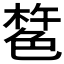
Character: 𰘎